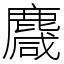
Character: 麙